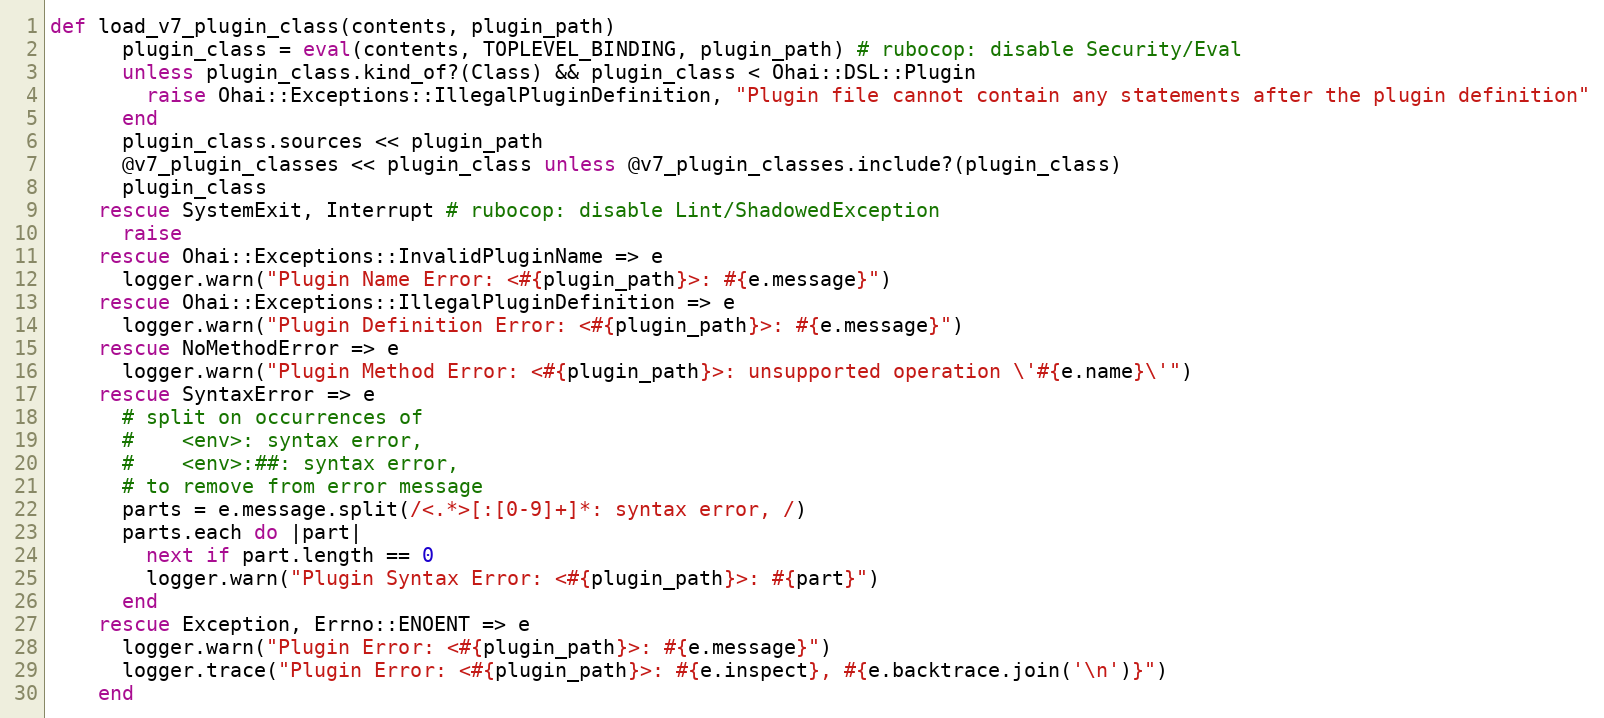
Language: Ruby
def load_v7_plugin_class(contents, plugin_path)
      plugin_class = eval(contents, TOPLEVEL_BINDING, plugin_path) # rubocop: disable Security/Eval
      unless plugin_class.kind_of?(Class) && plugin_class < Ohai::DSL::Plugin
        raise Ohai::Exceptions::IllegalPluginDefinition, "Plugin file cannot contain any statements after the plugin definition"
      end
      plugin_class.sources << plugin_path
      @v7_plugin_classes << plugin_class unless @v7_plugin_classes.include?(plugin_class)
      plugin_class
    rescue SystemExit, Interrupt # rubocop: disable Lint/ShadowedException
      raise
    rescue Ohai::Exceptions::InvalidPluginName => e
      logger.warn("Plugin Name Error: <#{plugin_path}>: #{e.message}")
    rescue Ohai::Exceptions::IllegalPluginDefinition => e
      logger.warn("Plugin Definition Error: <#{plugin_path}>: #{e.message}")
    rescue NoMethodError => e
      logger.warn("Plugin Method Error: <#{plugin_path}>: unsupported operation \'#{e.name}\'")
    rescue SyntaxError => e
      # split on occurrences of
      #    <env>: syntax error,
      #    <env>:##: syntax error,
      # to remove from error message
      parts = e.message.split(/<.*>[:[0-9]+]*: syntax error, /)
      parts.each do |part|
        next if part.length == 0
        logger.warn("Plugin Syntax Error: <#{plugin_path}>: #{part}")
      end
    rescue Exception, Errno::ENOENT => e
      logger.warn("Plugin Error: <#{plugin_path}>: #{e.message}")
      logger.trace("Plugin Error: <#{plugin_path}>: #{e.inspect}, #{e.backtrace.join('\n')}")
    end